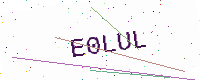
Text: E0LUL